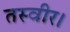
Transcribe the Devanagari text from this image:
तस्वीर।